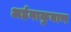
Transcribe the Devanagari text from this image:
अर्हनाकुवाण